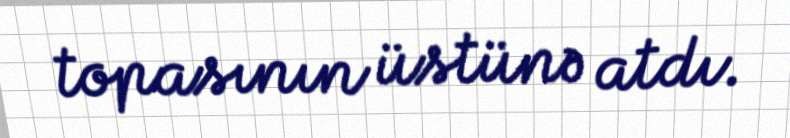
topasının üstünə atdı.